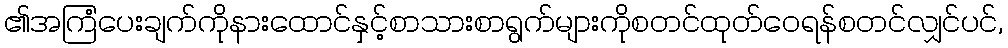
၏အကြံပေးချက်ကိုနားထောင်နှင့်စာသားစာရွက်များကိုစတင်ထုတ်ဝေရန်စတင်လျှင်ပင်,